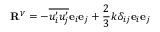
\mathbf { R } ^ { V } = - \overline { { u _ { i } ^ { \prime } u _ { j } ^ { \prime } } } \mathbf { e } _ { i } \mathbf { e } _ { j } + \frac { 2 } { 3 } k \delta _ { i j } \mathbf { e } _ { i } \mathbf { e } _ { j }